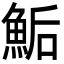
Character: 鮜